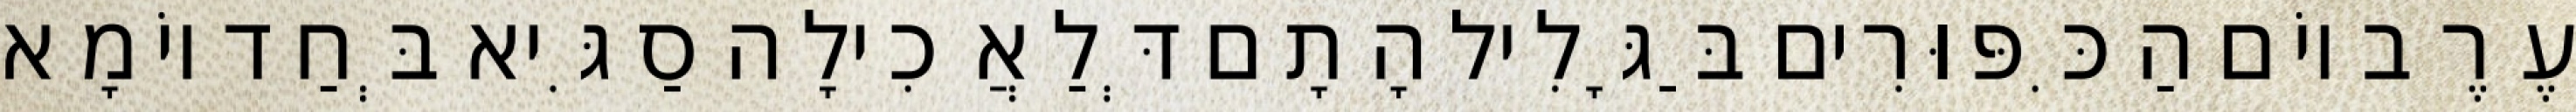
עֶרֶב יוֹם הַכִּפּוּרִים בַּגָּלִיל הָתָם דְּלַאֲכִילָה סַגִּיא בְּחַד יוֹמָא